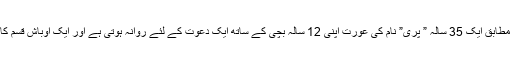
یہ 2016 کا استنبول ہے جہاں کہانی کے مطابق ایک 35 سالہ ” پری” نام کی عورت اپنی 12 سالہ بچی کے ساتھ ایک دعوت کے لئے روانہ ہوتی ہے اور ایک اوباش قسم کا بھکاری انہیں لوٹنے کی کوشش کرتا ہے۔